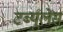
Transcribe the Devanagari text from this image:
टर्ब्युलेंस